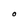
Character: O